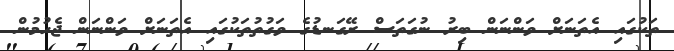
ތަކުގައި އެތަނަށް ވަންނަން ބިރު ނުގަތަސް ރޭގަނޑުގެ ވަގުތުތަކުގައި އެތަނަށް ވަންނަން ޖެހުމުން